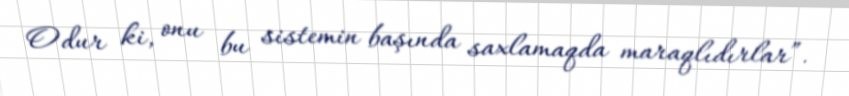
Odur ki, onu bu sistemin başında saxlamaqda maraqlıdırlar”.